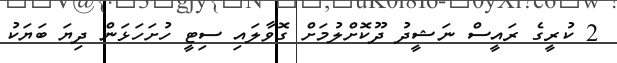
2 ކުރީގެ ރައީސް ނަޝީދު ދޫކޮށްލުމަށް ގޮވާލައި ސިޓީ ހުށަހަޅަން ދިޔަ ބަޔަކު